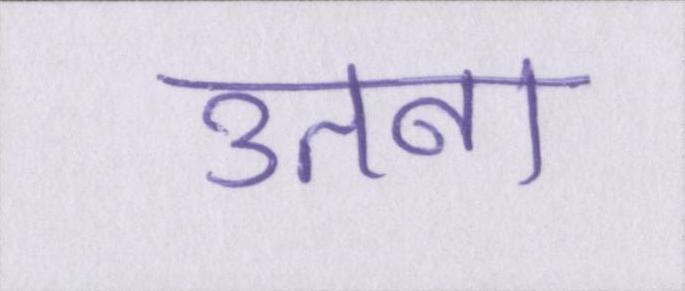
उतना